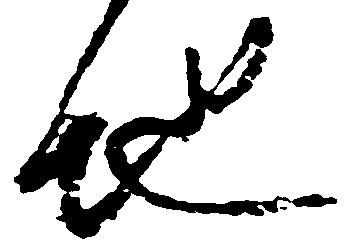
地